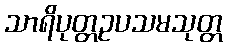
သာရိပုတ္တဥပသမသုတ္တ